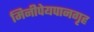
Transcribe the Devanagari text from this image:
मिनीपेयपानगृह